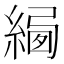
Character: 𦂷